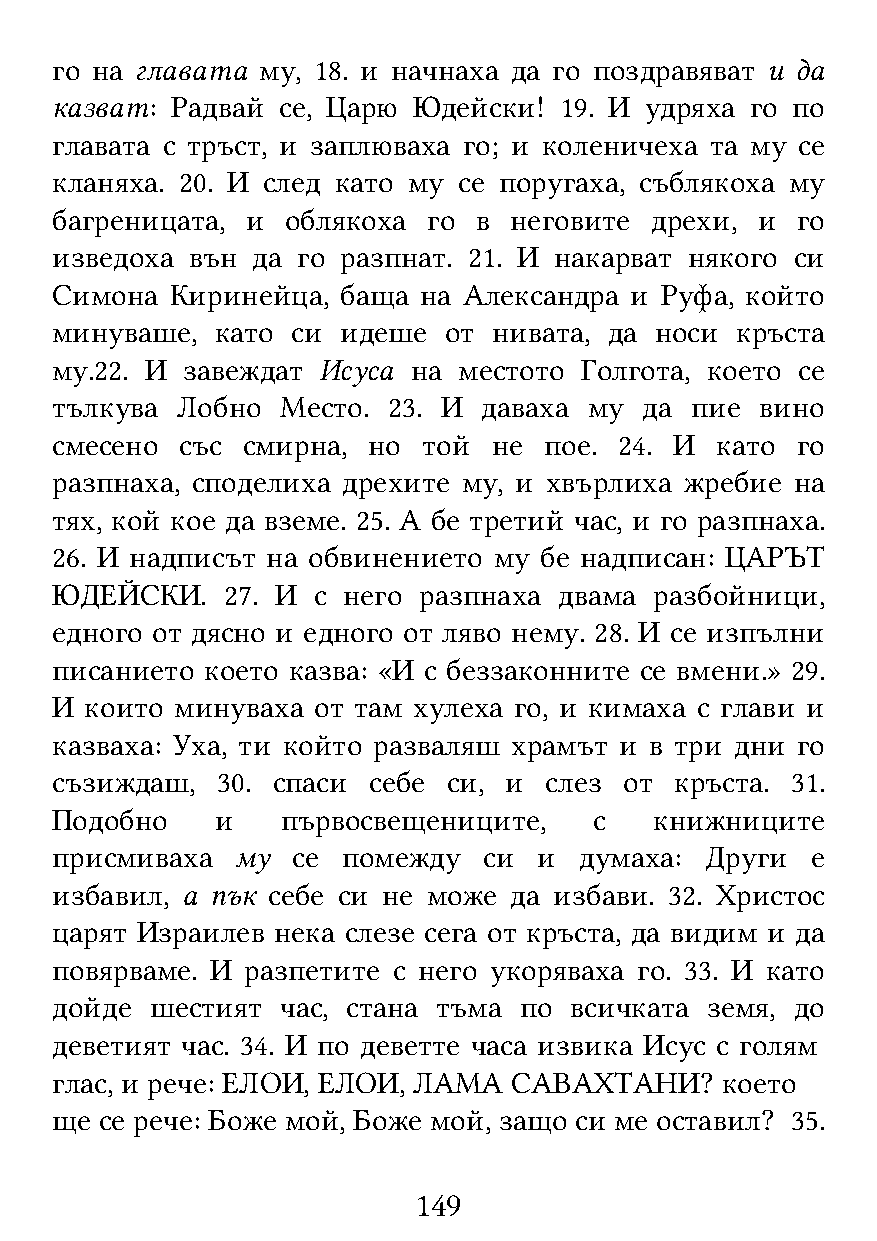
го на главата му, 18. и начнаха да го поздравяват и да
 казват: Радвай се, Царю Юдейски!  19. И удряха го по
 главата с тръст, и заплюваха го; и коленичеха та му се
 кланяха. 20. И след като му се поругаха, съблякоха му
 багреницата, и  облякоха го в  неговите дрехи, и  го
 изведоха  вън да го разпнат. 21. И накарват някого си
 Симона  Киринейца,  баща на Александра и Руфа, който
 минуваше,  като си  идеше от  нивата, да носи кръста
 му.22. И завеждат Исуса на местото Голгота, което се
 тълкува  Лобно  Место. 23. И даваха му  да пие вино
 смесено  със смирна, но  той  не пое. 24. И като  го
 разпнаха, споделиха дрехите му, и хвърлиха жребие на
 тях, кой кое да вземе. 25. А бе третий час, и го разпнаха.
 26. И надписът на обвинението му бе надписан: ЦАРЪТ
 ЮДЕЙСКИ.    27. И с него разпнаха двама разбойници,
 едного от дясно и едного от ляво нему. 28. И се изпълни
 писанието  което казва: «И с беззаконните се вмени.» 29.
 И  които минуваха от там хулеха го, и кимаха с глави и
 казваха: Уха, ти който разваляш храмът и в три дни го
 съзиждаш,  30. спаси себе  си, и слез от  кръста. 31.
 Подобно    и    първосвещениците,   с   книжниците
 присмиваха   му се  помежду  си  и думаха:  Други  е
 избавил, а пък себе си не може да избави. 32. Христос
 царят Израилев нека слезе сега от кръста, да видим и да
 повярваме. И разпетите с него укоряваха го. 33. И като
 дойде  шестият  час, стана тъма по всичката земя, до
 деветият час. 34. И по деветте часа извика Исус с голям
 глас, и рече: ЕЛОИ, ЕЛОИ, ЛАМА САВАХТАНИ?    което
 ще  се рече: Боже мой, Боже мой, защо си ме оставил? 35.
 149